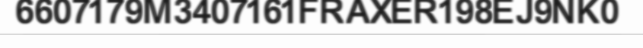
6607179M3407161FRAXER198EJ9NK0